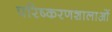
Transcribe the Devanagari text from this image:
परिष्करणशालाओं